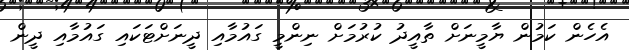
އެހެން ކަމުން ޔާމީނަށް ތާއީދު ކުރުމަށް ނިންމީ ގައުމާއި ދީނަށްޓަކައި ގައުމާއި ދީން